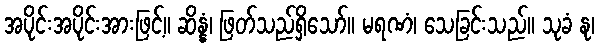
အပိုင်းအပိုင်းအားဖြင့်။ ဆိန္နံ၊ ဖြတ်သည်ရှိသော်။ မရဏံ၊ သေခြင်းသည်။ သုခံ နု၊